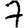
Digit: 7